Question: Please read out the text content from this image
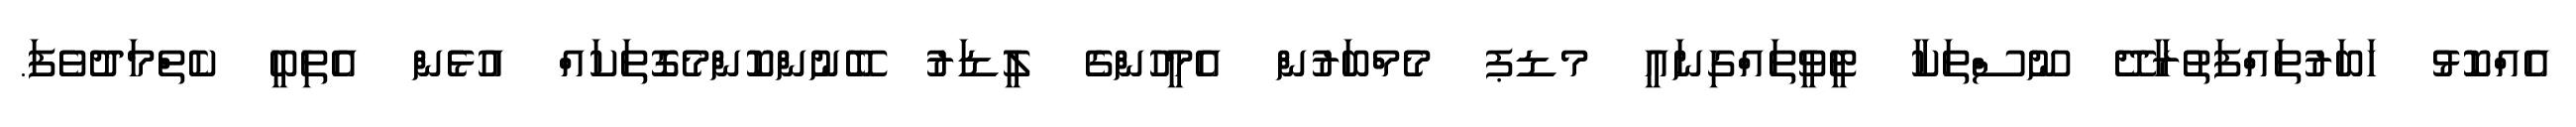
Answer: އެއްކޮޅު ހަބަރުތައްފަތުރާދޭ ނޫސްތަކާ ޓީވީތައްގިނައީ މޑޕ މެމްބަރުން އެމީހުންގެ ލީޑަރު ބޭނުންކޮންމެގޮތަކައް އުޅެން އެތިބީ ކެތްމަދުވެފަ.